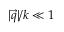
| \vec { q } | / k \ll 1